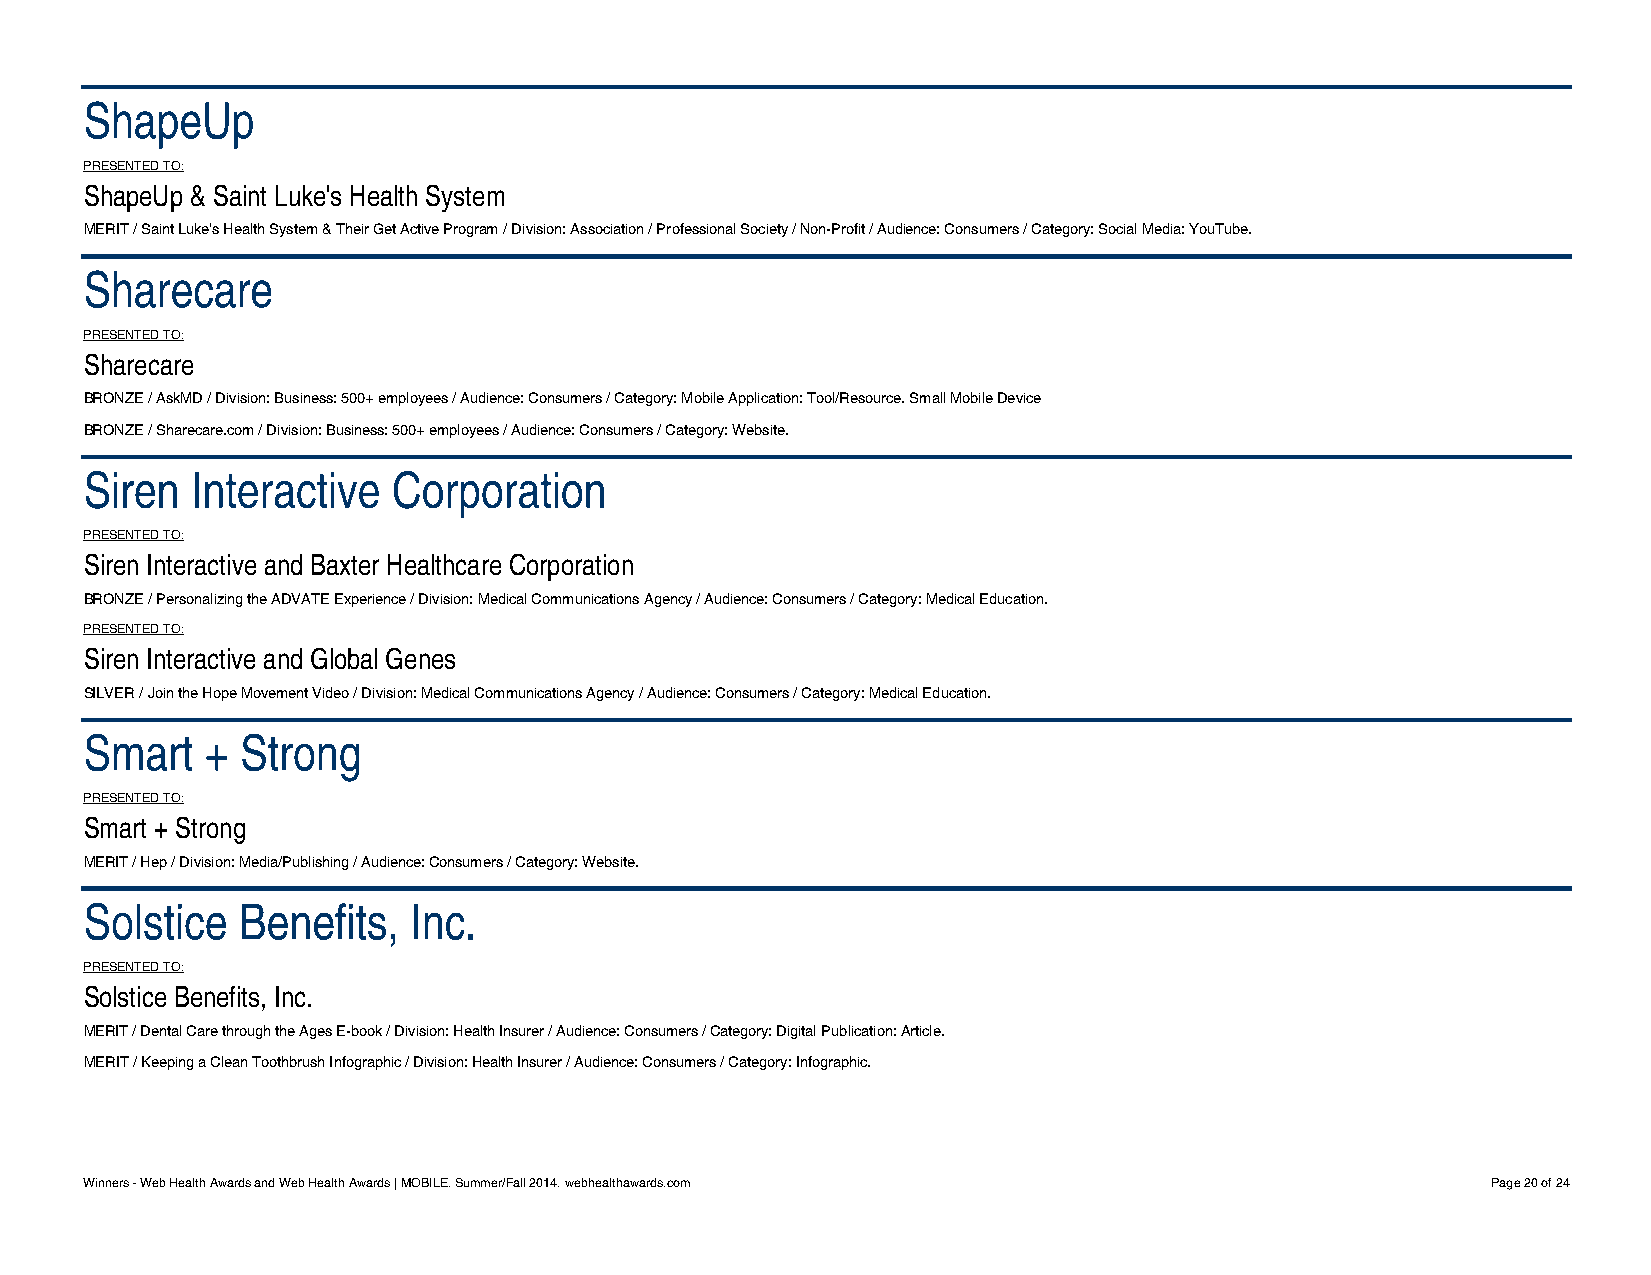
ShapeUp
 PRESENTED TO:
 ShapeUp & Saint Luke's Health System
 MERIT / Saint Luke's Health System & Their Get Active Program / Division: Association / Professional Society / Non-Profit / Audience: Consumers / Category: Social Media: YouTube.
 Sharecare
 PRESENTED TO:
 Sharecare
 BRONZE / AskMD / Division: Business: 500+ employees / Audience: Consumers / Category: Mobile Application: Tool/Resource. Small Mobile Device
 BRONZE / Sharecare.com / Division: Business: 500+ employees / Audience: Consumers / Category: Website.
 Siren  Interactive  Corporation
 PRESENTED TO:
 Siren Interactive and Baxter Healthcare Corporation
 BRONZE / Personalizing the ADVATE Experience / Division: Medical Communications Agency / Audience: Consumers / Category: Medical Education.
 PRESENTED TO:
 Siren Interactive and Global Genes
 SILVER / Join the Hope Movement Video / Division: Medical Communications Agency / Audience: Consumers / Category: Medical Education.
 Smart   + Strong
 PRESENTED TO:
 Smart + Strong
 MERIT / Hep / Division: Media/Publishing / Audience: Consumers / Category: Website.
 Solstice  Benefits,  Inc.
 PRESENTED TO:
 Solstice Benefits, Inc.
 MERIT / Dental Care through the Ages E-book / Division: Health Insurer / Audience: Consumers / Category: Digital Publication: Article.
 MERIT / Keeping a Clean Toothbrush Infographic / Division: Health Insurer / Audience: Consumers / Category: Infographic.
 Winners - Web Health Awards and Web Health Awards | MOBILE. Summer/Fall 2014. webhealthawards.com Page 20 of 24